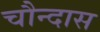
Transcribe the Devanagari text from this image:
चौन्दास